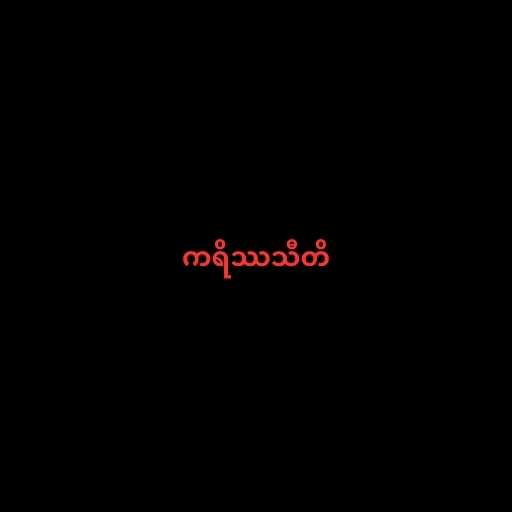
ကရိဿသီတိ